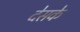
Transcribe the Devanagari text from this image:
देसके